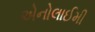
એનોલાઈમી